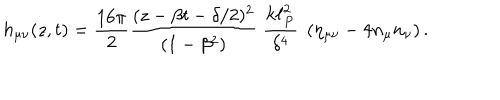
h _ { \mu \nu } ( z , t ) = { \frac { 1 6 \pi } { 2 } } { \frac { ( z - \beta t - \delta / 2 ) ^ { 2 } } { ( 1 - \beta ^ { 2 } ) } } \; { \frac { k \ell _ { P } ^ { 2 } } { \delta ^ { 4 } } } \; \left( \eta _ { \mu \nu } - 4 n _ { \mu } n _ { \nu } \right) .